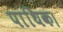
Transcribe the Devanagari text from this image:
पांथिक।